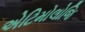
એટિમોલોજિ